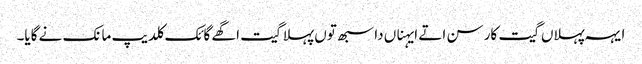
ایہہ پہلاں گیت کار سن اتے ایہناں دا سبھ توں پہلا گیت اگھے گائک کلدیپ مانک نے گایا۔